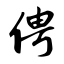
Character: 俜